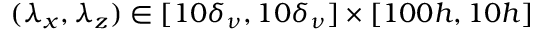
( \lambda _ { x } , \lambda _ { z } ) \in [ 1 0 \delta _ { \nu } , 1 0 \delta _ { \nu } ] \times [ 1 0 0 h , 1 0 h ]